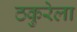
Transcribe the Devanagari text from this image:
ठकुरेला